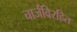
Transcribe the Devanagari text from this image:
चार्जविरहित